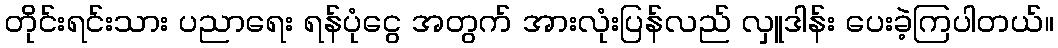
တိုင်းရင်းသား ပညာရေး ရန်ပုံငွေ အတွက် အားလုံးပြန်လည် လှူဒါန်း ပေးခဲ့ကြပါတယ်။